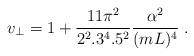
LaTeX: \begin{align*}v_\bot=1+{11\pi^2\over 2^2.3^4.5^2}{\alpha^2\over (mL)^4}\; .\end{align*}